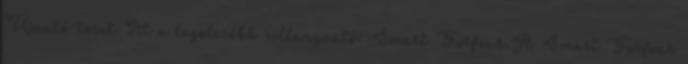
Újautó-teszt Itt a legolcsóbb villanyautó: Smart Forfour.A Smart Forfour